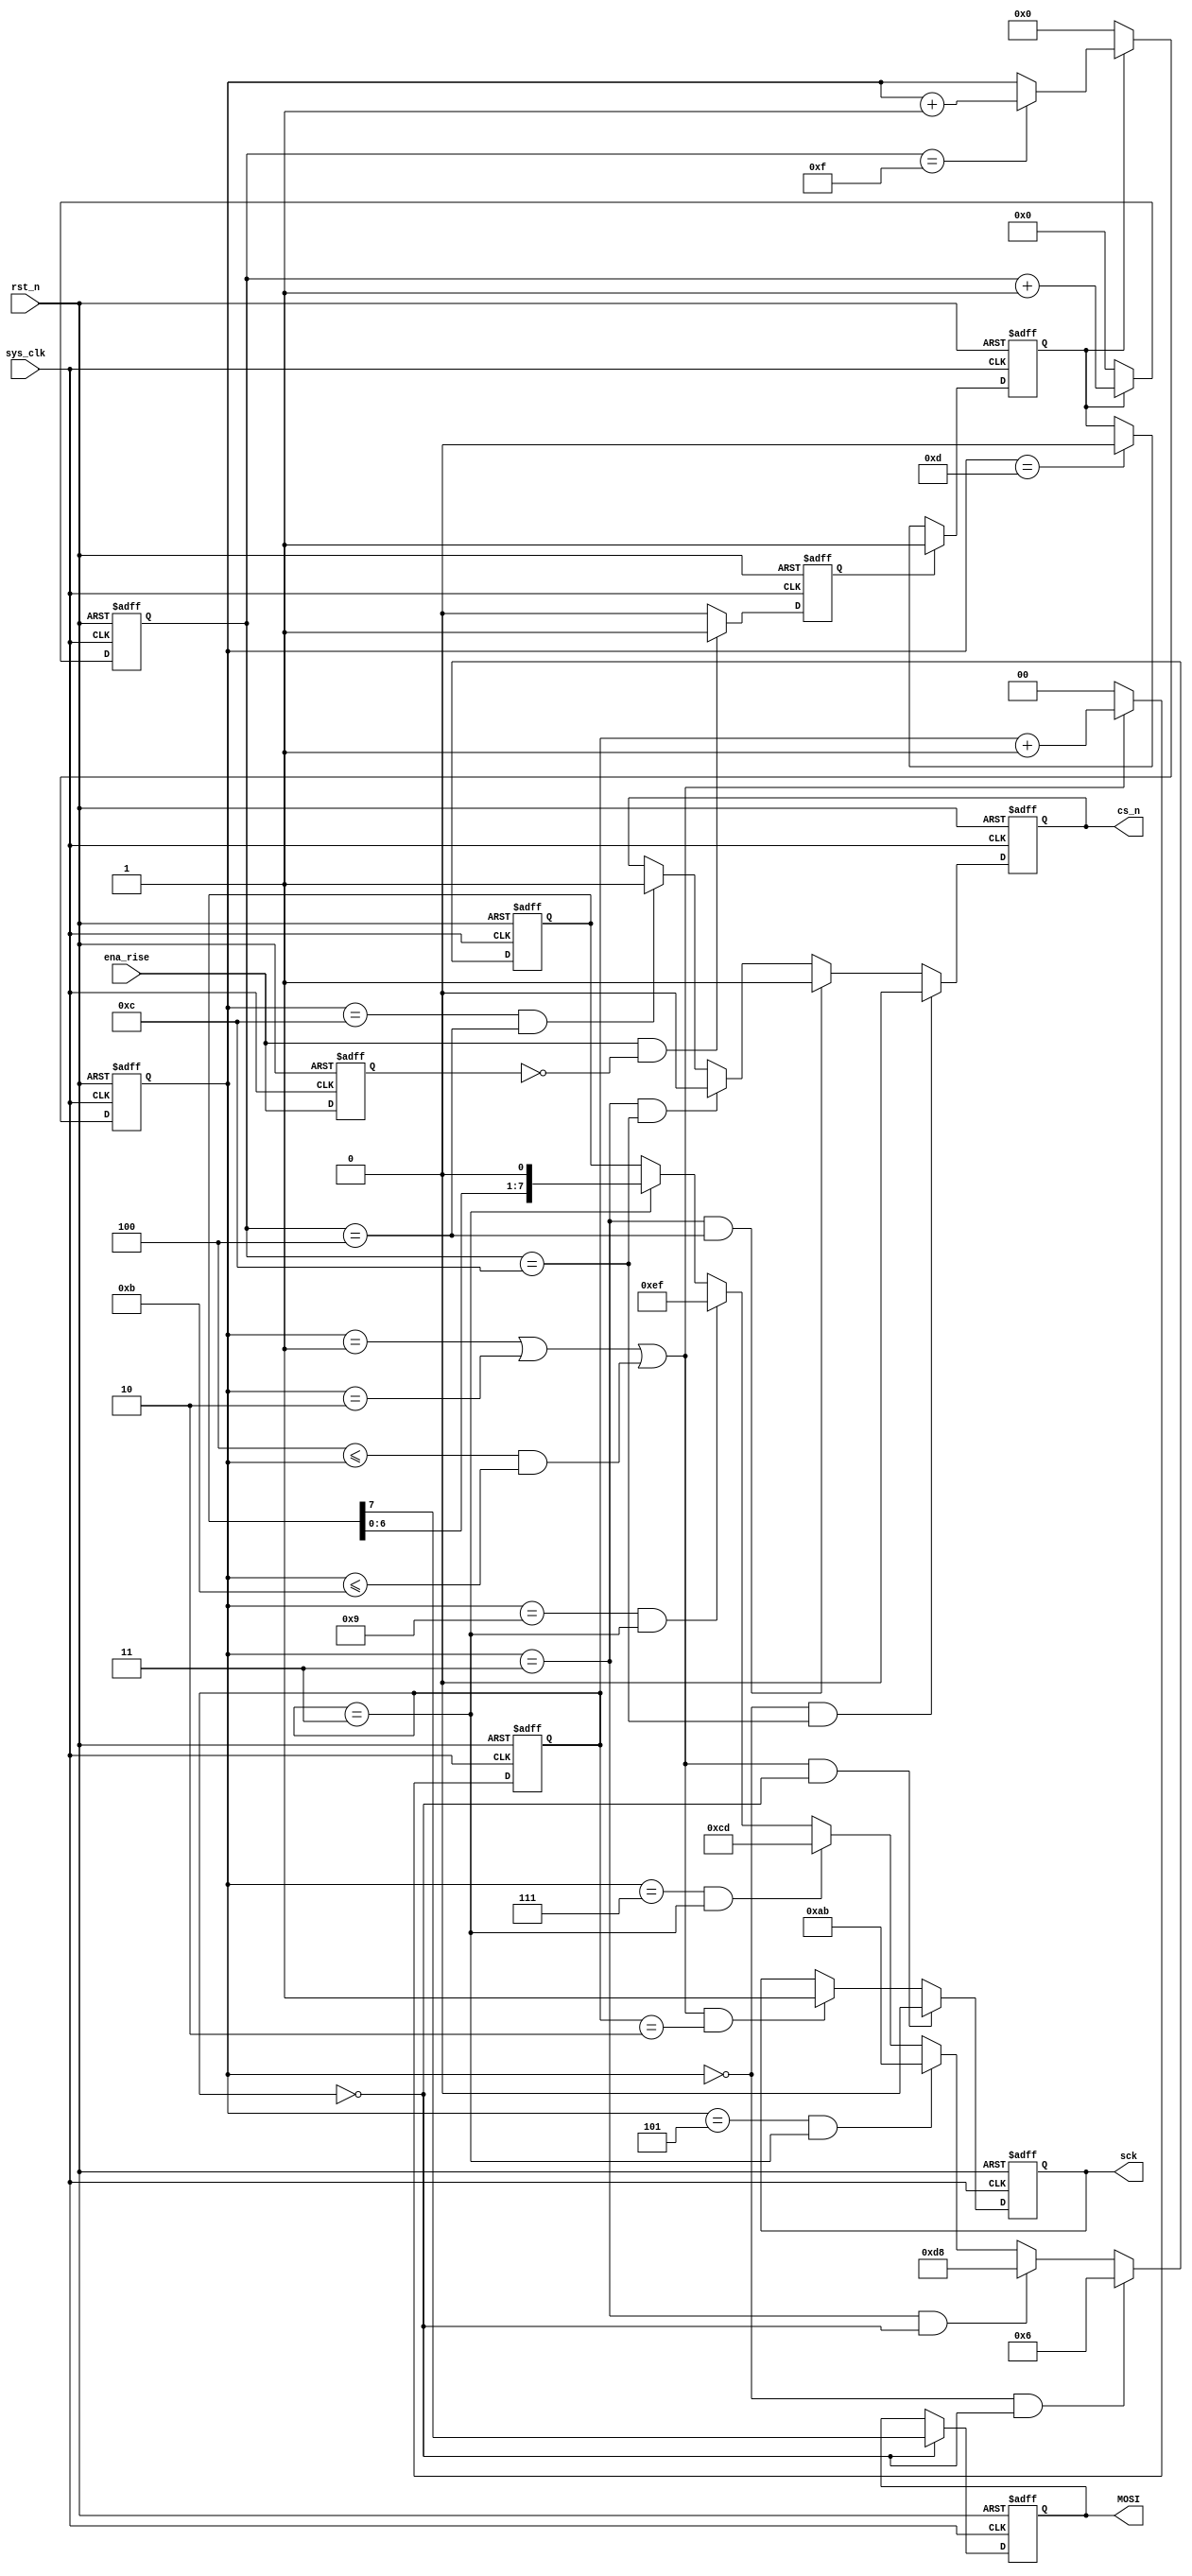
module SE 
(
    input  wire   sys_clk, 
    input  wire   rst_n,     // 
    input  wire   ena_rise,  //    
    output reg    MOSI,        
    output reg    cs_n,        
    output reg    sck        
);  

    parameter WREN_instr = 8'h06;
    parameter SE_instr   = 8'hd8;
    parameter addr       = 24'hab_cd_ef;
    
    reg ena_reg;            //ena_rise
    reg ena_flag;           //ena_rise
    reg ena;                //total_cnt
    reg [3:0] total_cnt;    //       
    reg [4:0] c16_cnt;      //total_cnt15
    reg [1:0] clk_cnt;      //sys_clk
    reg [2:0] bit_cnt;      //bit
    reg [7:0] dat_reg;             

    
    //ena_reg
    always @(posedge sys_clk, negedge rst_n) begin
        if(rst_n == 1'b0) 
            ena_reg <= 1'b0;
        else 
            ena_reg <= ena_rise;
    end
    //ena_flag
    always @(posedge sys_clk, negedge rst_n) begin
        if(rst_n == 1'b0) 
            ena_flag <= 1'b0;
        else if((ena_rise == 1'b1) && (ena_reg == 1'b0))
            ena_flag <= 1'b1;
        else
            ena_flag <= 1'b0;
    end
    
    
    //total_cnt
    always @(posedge sys_clk, negedge rst_n) begin
        if(rst_n == 1'b0) 
            ena <= 1'b0;
        else if(ena_flag == 1'b1)
            ena <= 1'b1;
        else if(c16_cnt == 4'd13)
            ena <= 1'b0;
        else 
            ena <= ena;
    end
    
    
    //
    always @(posedge sys_clk, negedge rst_n) begin
        if(rst_n == 1'b0) 
            total_cnt <= 4'd0;
        else if(ena == 1'b1)
            total_cnt <= total_cnt + 4'd1;
        else
            total_cnt <= 4'd0;
    end
    
    
    //total_cnt15
    always @(posedge sys_clk, negedge rst_n) begin
        if(rst_n == 1'b0) 
            c16_cnt <= 4'd0;
        else if(ena == 1'b0)
            c16_cnt <= 4'd0;
        else if(total_cnt == 4'd15)
            c16_cnt <= c16_cnt + 4'd1;
        else
            c16_cnt <= c16_cnt;
    end
     
    
    //cs_n
    always @(posedge sys_clk, negedge rst_n) begin
        if(rst_n == 1'b0) 
            cs_n <= 1'b1;
        else if((c16_cnt == 4'd0) && (total_cnt == 4'd12))
            cs_n <= 1'b0;
        else if((c16_cnt == 4'd3) && (total_cnt == 4'd4))
            cs_n <= 1'b1;
        else if((c16_cnt == 4'd3) && (total_cnt == 4'd12))
            cs_n <= 1'b0;
        else if((c16_cnt == 4'd12) && (total_cnt == 4'd4))
            cs_n <= 1'b1;
        else
            cs_n <= cs_n;
    end
    
    
    //sys_clk
    always @(posedge sys_clk, negedge rst_n) begin
        if(rst_n == 1'b0) 
            clk_cnt <= 2'd0;
        //c16_cnt124-11
        else if((c16_cnt == 4'd1) || (c16_cnt == 4'd2) || ((4'd4 <= c16_cnt)&&(c16_cnt <= 4'd11)))
            clk_cnt <= clk_cnt + 2'd1;
        else
            clk_cnt <= 2'd0;
    end
    
    
    //sck
    always @(posedge sys_clk, negedge rst_n) begin
        if(rst_n == 1'b0) 
            sck <= 1'b1;
        else if(((c16_cnt==4'd1)||(c16_cnt==4'd2)||((4'd4<=c16_cnt)&&(c16_cnt<=4'd11))) && (clk_cnt == 2'd0))
            sck <= 1'b0;
        else if(((c16_cnt==4'd1)||(c16_cnt==4'd2)||((4'd4<=c16_cnt)&&(c16_cnt<=4'd11))) && (clk_cnt == 2'd2))
            sck <= 1'b1;
        else
            sck <= sck;
    end
    
    
    //bit
    always @(posedge sys_clk, negedge rst_n) begin
        if(rst_n == 1'b0) 
            bit_cnt <= 3'd0;
        else if(clk_cnt == 2'd3)
            bit_cnt <= bit_cnt + 3'd1;
        else
            bit_cnt <= bit_cnt;
    end
    
    
    //MOSI
    always @(posedge sys_clk, negedge rst_n) begin
        if(rst_n == 1'b0) 
            dat_reg <= WREN_instr;
        //
        else if((c16_cnt == 4'd0) && (clk_cnt == 2'd0))
            dat_reg <= WREN_instr;
        //
        else if((c16_cnt == 4'd3) && (clk_cnt == 2'd0))
            dat_reg <= SE_instr;
        //
        else if((c16_cnt == 4'd5) && (clk_cnt == 2'd3))
            dat_reg <= addr[23:16];
        //
        else if((c16_cnt == 4'd7) && (clk_cnt == 2'd3))
            dat_reg <= addr[15:8];
        //
        else if((c16_cnt == 4'd9) && (clk_cnt == 2'd3))
            dat_reg <= addr[7:0];
        else if(clk_cnt == 2'd3)   
            dat_reg <= {dat_reg[6:0], 1'b0};
        else
            dat_reg <= dat_reg;
    end     
    
    
    //MOSI
    always @(posedge sys_clk, negedge rst_n) begin
        if(rst_n == 1'b0) 
            MOSI <= 1'b0;
        else if(clk_cnt == 2'd0)
            MOSI <= dat_reg[7];
        else
            MOSI <= MOSI;
    end
    
endmodule